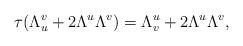
LaTeX: \begin{align*}\tau(\Lambda^v_u +2\Lambda^u\Lambda^v)=\Lambda^u_v +2\Lambda^u\Lambda^v,\end{align*}